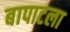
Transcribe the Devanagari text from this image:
बापाटला